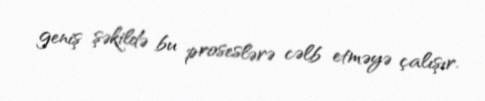
geniş şəkildə bu proseslərə cəlb etməyə çalışır.